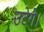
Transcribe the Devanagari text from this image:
उटेगे।